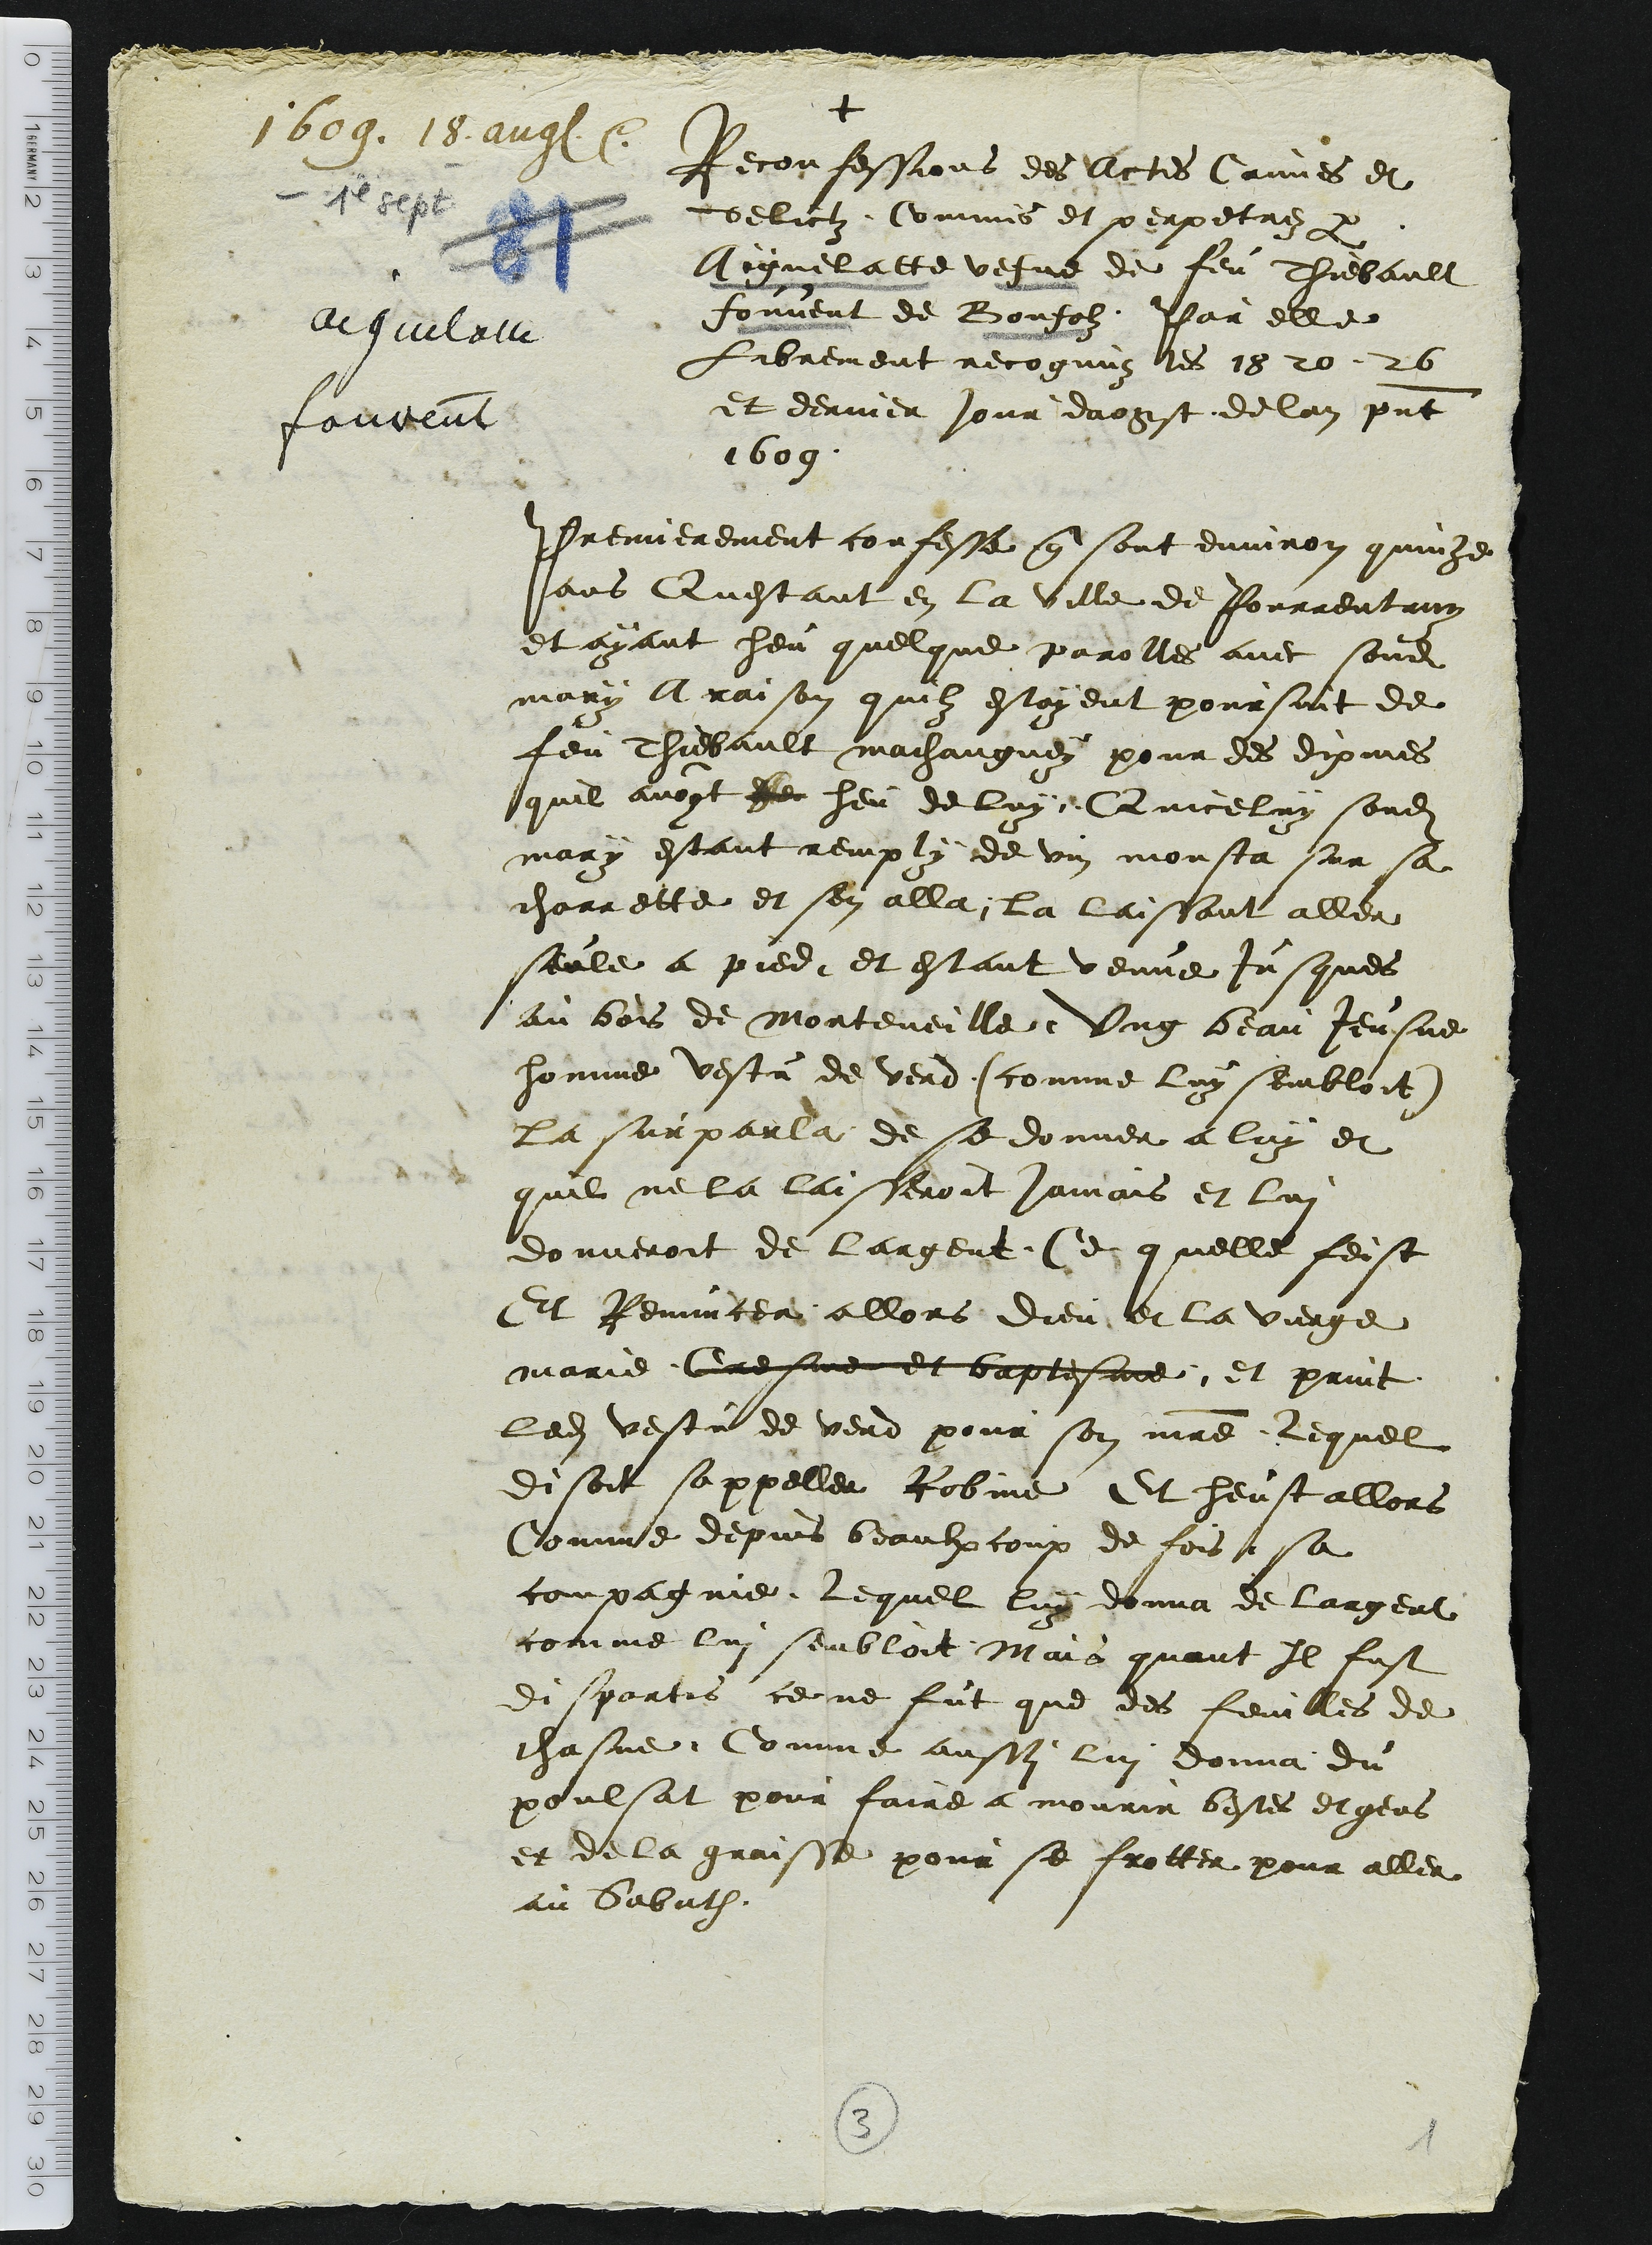
Reconfessions des Actes Crimes et
delictz Commis et perpetrez par
Aignelatte vefve de feu Thiebault
Fouvent de Bonfolz. Par elle
Librement recognuz les 18 20 26
et dernier jour daogst de lan present
1609
Premierement confesse que sont environ quinze
ans Questant en la ville de Pourrentruy
et ayant heu quelque parolles avec sondit
mary A raison quilz estoyent poursuit de
feu Thiebault machanguey pour des dixmes
quil avoyt Rec heu de luy Quiceluy sond
mary estant remply de vin monsta sur sa
charrette et sen alla, la laissant aller
seule a pied, et estant venue jusques
au bois de Morteveille, Ung beau Jeusne
homme vestu de verd (comme luy sembloit)
la surparla de se donner a luy et
quil ne la laisseroit jamais et lui
donneroit de largent. Ce quelle feist
Et Renuncea allors dieu et la vierge
marie Cresme et baptesme, et print
ledit vestu de verd pour son maitre. Lequel
disoit sappeller Robine Et heust allors
Comme depuis beaulxcoup de fois sa
compagnie. Lequel luy donna de largent
comme lui sembloit Mais quant Il fust
dispartis ce ne fut que des feuilles de
chasne. Comme aussi lui donna du
poulsat pour faire a mourir bestes et gens
et de la graisse pour se frotter pour aller
au Sabath.